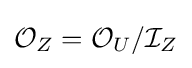
{\mathcal {O}}_{Z}={\mathcal {O}}_{U}/{\mathcal {I}}_{Z}